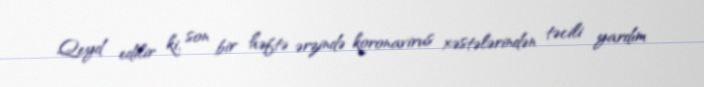
Qeyd edilir ki, son bir həftə ərzində koronavirus xəstələrindən təcili yardım